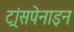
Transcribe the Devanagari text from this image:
ट्रांसपेनाइन